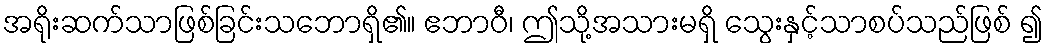
အရိုးဆက်သာဖြစ်ခြင်းသဘောရှိ၏။ ဧဘာဝီ၊ ဤသို့အသားမရှိ သွေးနှင့်သာစပ်သည်ဖြစ် ၍